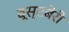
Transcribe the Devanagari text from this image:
बूस्टबेरी